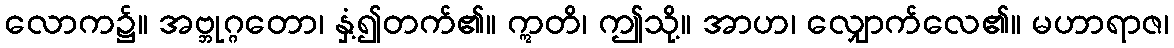
လောက၌။ အဗ္ဘုဂ္ဂတော၊ နှံ့၍တက်၏။ ဣတိ၊ ဤသို့။ အာဟ၊ လျှောက်လေ၏။ မဟာရာဇ၊